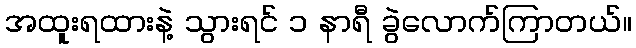
အထူးရထားနဲ့ သွားရင် ၁ နာရီ ခွဲလောက်ကြာတယ်။